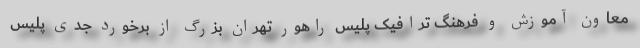
معاون آموزش و فرهنگ ترافیک پلیس راهور تهران بزرگ از برخورد جدی پلیس